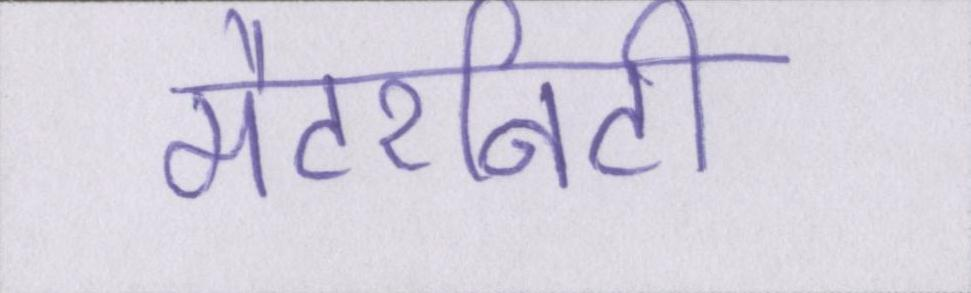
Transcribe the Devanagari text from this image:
मैटरनिटी